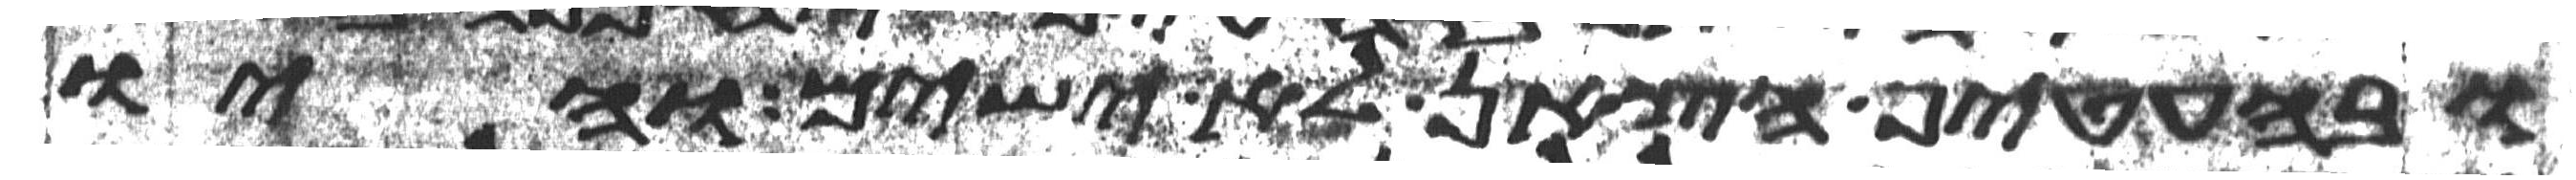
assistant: ובהעטיף הצאן לא ישים והיו